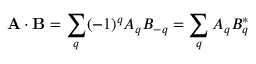
\mathbf { A } \cdot \mathbf { B } = \sum _ { q } ( - 1 ) ^ { q } A _ { q } B _ { - q } = \sum _ { q } A _ { q } B _ { q } ^ { * }